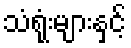
သံရုံးများနှင့်